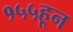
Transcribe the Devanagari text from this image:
१५५हून